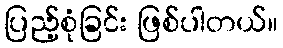
ပြည့်စုံခြင်း ဖြစ်ပါတယ်။